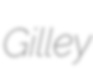
Gilley